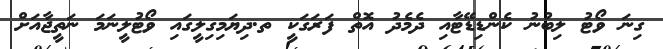
ގިނަ ވޯޓު ލިބުނު ކެންޑިޑޭޓާއި ދެމެދު އޮތް ފަރަގަކީ ތ.ދިޔަމިގިލީގައި ވޯޓުލީނަމަ ނަތީޖާއަށް